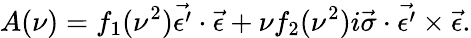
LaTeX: A(\nu)=f_{1}(\nu^{2})\vec{\epsilon^{\prime}}\cdot\vec{\epsilon}+\nu f_{2}(\nu^{2})i\vec{\sigma}\cdot\vec{\epsilon^{\prime}}\times\vec{\epsilon}.